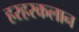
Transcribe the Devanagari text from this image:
हरहरकलान